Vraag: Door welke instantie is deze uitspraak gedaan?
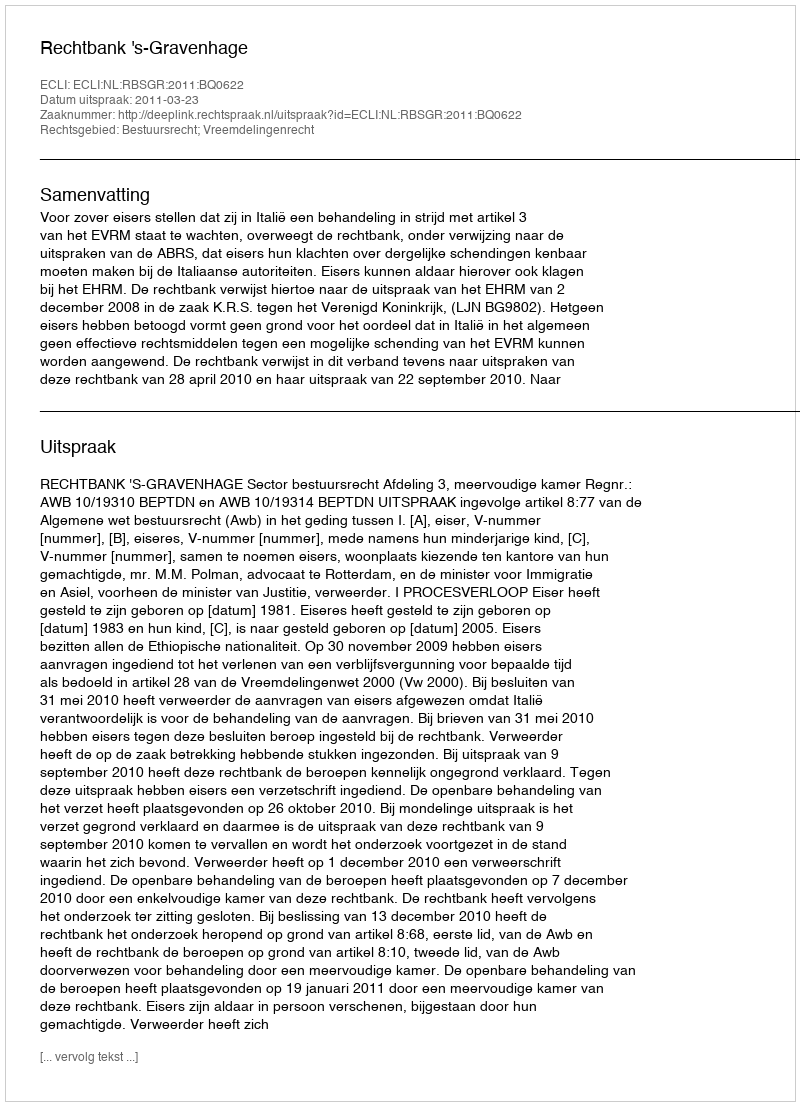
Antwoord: Rechtbank 's-Gravenhage